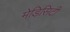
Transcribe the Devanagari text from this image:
मेडिसिटी